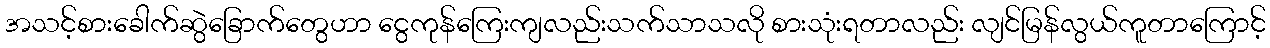
အသင့်စားခေါက်ဆွဲခြောက်တွေဟာ ငွေကုန်ကြေးကျလည်းသက်သာသလို စားသုံးရတာလည်း လျင်မြန်လွယ်ကူတာကြောင့်